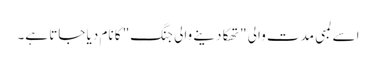
اسے لمبی مدت والی "تھکا دینے والی جنگ" کا نام دیا جاتا ہے۔